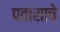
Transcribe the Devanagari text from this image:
पवासाचे